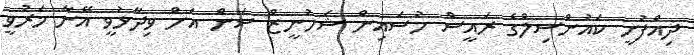
ދިއްފުށީ ކައުންސިލްގެ ރައީސް ހުސައިން ޝަހުނީޒް ސަން އަށް ވިދާޅުވީ އޭނާ މަރުވީ